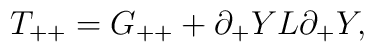
T_{++} = G_{++} +  \partial_+ Y L \partial_+ Y,